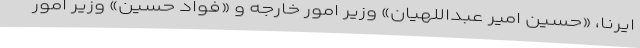
ایرنا، «حسین امیر عبداللهیان» وزیر امور خارجه و «فواد حسین» وزیر امور